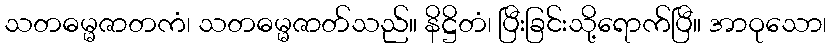
သတဓမ္မဇာတကံ၊ သတဓမ္မဇာတ်သည်။ နိဋ္ဌိတံ၊ ပြီးခြင်းသို့ရောက်ပြီ။ အာဝုသော၊